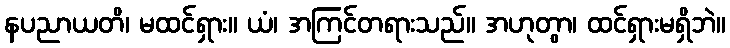
နပညာယတိ၊ မထင်ရှား။ ယံ၊ အကြင်တရားသည်။ အဟုတွာ၊ ထင်ရှားမရှိဘဲ။